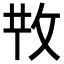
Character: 𢼘